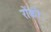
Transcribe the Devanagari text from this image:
रोंकी